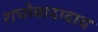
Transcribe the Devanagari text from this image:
राघोबादादाच